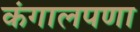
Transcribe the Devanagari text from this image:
कंगालपणा